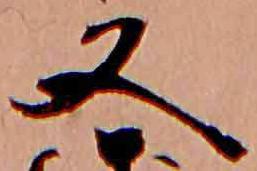
又